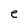
Character: e